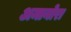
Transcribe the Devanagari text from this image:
अमानोरा